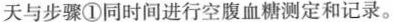
天与步骤①同时间进行空腹血糖测定和记录。